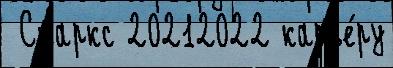
 Старкс 20212022 карье́ру